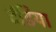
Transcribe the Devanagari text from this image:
दंडिया